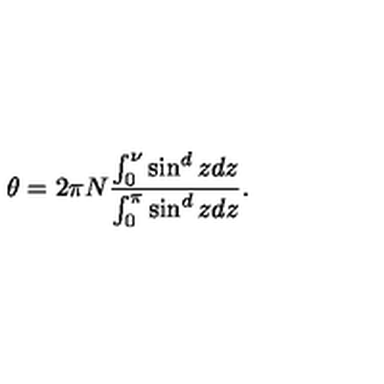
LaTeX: \theta = 2 \pi N \frac { \int _ { 0 } ^ { \nu } \sin ^ { d } z d z } { \int _ { 0 } ^ { \pi } \sin ^ { d } z d z } .